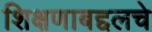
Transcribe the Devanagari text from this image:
शिक्षणाबद्दलचे